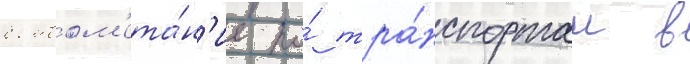
бомбом'ета́н'ие по́ тра́нспортам в